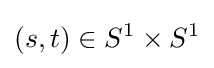
(s,t)\in S^{1}\times S^{1}